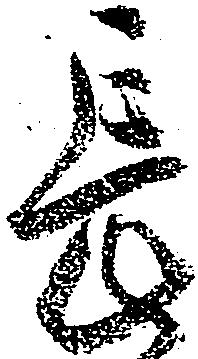
長